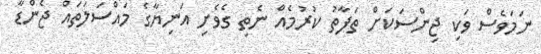
ނަމަވެސް ވަކި ޖިންސަކަށް ތަފާތު ކުރުމެއް ނެތި ގެވެށި އަނިޔާގެ މައްސަލަތައް ޖެންޑާ